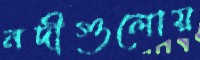
নদীগুলোয়